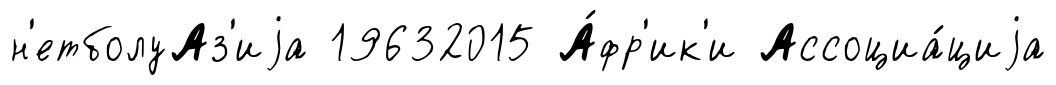
н'етболуАз'иjа 19632015 А́фр'ик'и Ассоциа́циjа